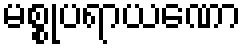
မစ္စုပရာယဏော